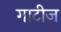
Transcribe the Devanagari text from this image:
गाटीज